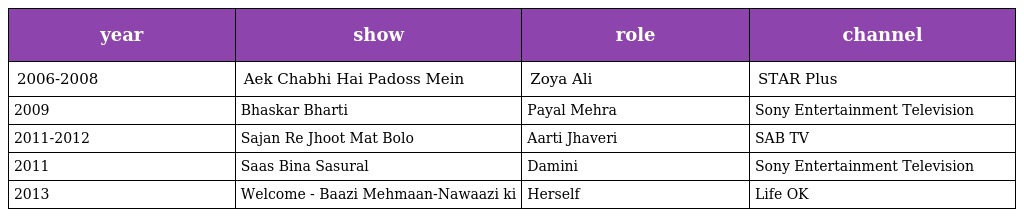
| year | show | role | channel |
 | --- | --- | --- | --- |
 | 2006-2008 | Aek Chabhi Hai Padoss Mein | Zoya Ali | STAR Plus |
 | 2009 | Bhaskar Bharti | Payal Mehra | Sony Entertainment Television |
 | 2011-2012 | Sajan Re Jhoot Mat Bolo | Aarti Jhaveri | SAB TV |
 | 2011 | Saas Bina Sasural | Damini | Sony Entertainment Television |
 | 2013 | Welcome - Baazi Mehmaan-Nawaazi ki | Herself | Life OK |